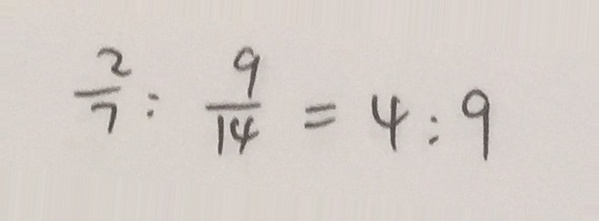
\frac { 2 } { 7 } : \frac { 9 } { 1 4 } = 4 : 9